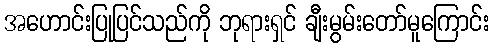
အဟောင်းပြုပြင်သည်ကို ဘုရားရှင် ချီးမွမ်းတော်မူကြောင်း